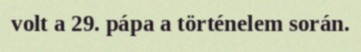
volt a 29. pápa a történelem során.